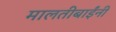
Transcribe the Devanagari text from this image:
मालतीबाईंनी